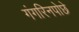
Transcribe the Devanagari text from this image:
गंगरिनपोछे